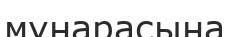
мұнарасына